Calcutta medical institutions reports 1871-78
Year: 1871
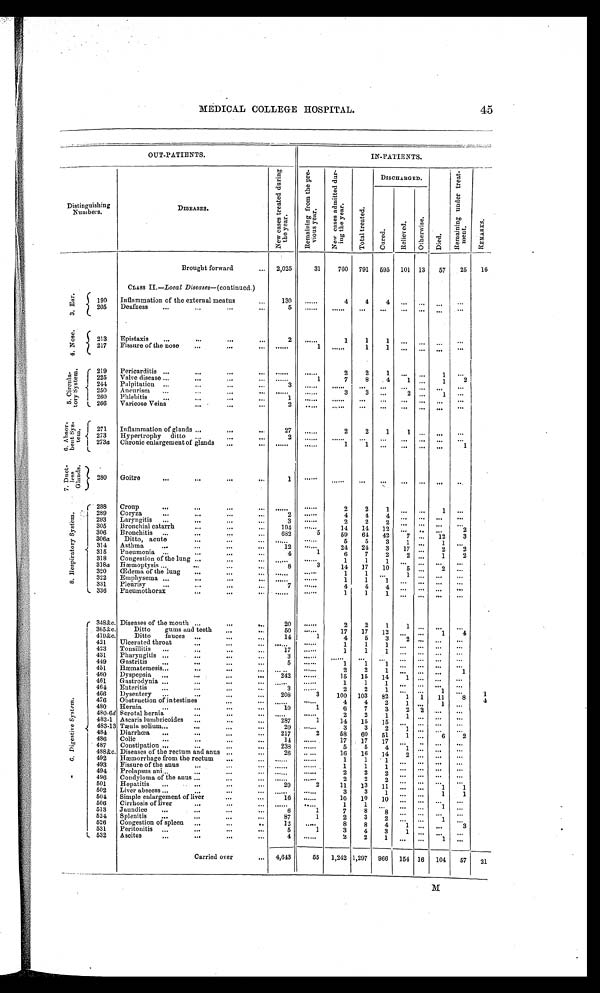
MEDICAL COLLEGE HOSPITAL.
45
OUT-PATIENTS.
IN-PATIENTS.
Distinguishing
Numbers.
DISEASES.
N e w c a s e s t r e a t e d d u r i n g t h e y e a r .
R e m a i n i n g f r o m t h e p r e v i o u s y e a r . N e w c a s e s a d m i t t e d d u r i n g t h e y e a r .
T o t a l t r e a t e d .
DISCHARGED.
Di ed.
R e m a i n i n g u n d e r t r e a t m e n t .
R E M A R K S .
C u r e d .
Re l i e v e d . O t h e r w i s e .
Brought forward
... 2,025
31 760 791 595 101 13 57 25 16
Class II.—Local Diseases—(continued.)
3. Ear. 190 Inflammation of the external meatus
...
130
. . . . . .
4 4 4 ...
. . .
. . .
. . .
205 Deafness ...
... ... ...
5
. . . . . .
. . . . . . ... ... ... ... . . .
. . .
4 . No s e .
213 Epistaxis ...
...
...
...
2
. . . . . .
1 1 1
. . .
. . . . . .
. . .
217 Fissure of the nose . . . . . . . . .
. . . . . .
1
. . . . . . 1 1 ...
. . . . . .
. . .
5 . C i r c u l a t o r y S y s t e m .
219 Pericarditis ... ... ... ...
. . . . . .
. . . . . .
2 2 1
. . . . . .
1
. . .
225 Valve disease ...
...
... ...
. . . . . .
1
7 8 4 1 . . . 1 2
244 Palpitation ...
...
... ...
3
. . . . . .
. . . . . . . . .
. . .
. . .
. . .
. . . . . .
250 Aneurism ...
... ... ...
. . . . . .
. . . . . .
3 3 ...
2 . . . 1
. . .
260 Phlebitis ...
...
. . . . . .
1
. . . . . .
. . . . . .
. . .
. . .
. . . . . .
. . . . . .
266 Varicose Veins
...
...
...
2
. . . . . .
. . . . . .
. . .
. . .
. . . . . . . . .
. . .
6 . A b s o r b e n t S y s t e m .
271 Inflammation of glands ...
...
...
27
. . . . . .
2 2 1 1
. . .
. . .
. . .
273 Hypertrophy ditto ... ... ...
2
. . . . . .
. . . . . . . . .
. . .
. . . . . . ...
. . .
273
a
Chronic enlargement of glands ... ...
. . . . . .
. . . . . .
1 1 . . .
. . . . . . . . .
1
7 . Du e t l e s s Gl a n d s .
280
Goitre ...
... . . .
. . .
1
. . . . . .
. . . . . .
. . .
. . .
. . . . . .
. . .
. . .
8 . R e s p i r a t o r y s y s t e m .
288 Croup
... ... ... ...
. . . . . .
. . . . . .
2 2
1
. . . . . .
1
. . .
289 Coryza
... ... ...
...
2
. . . . . .
4 4 4 . . . . . .
. . . . . .
293 Laryngitis ...
... ... ...
3
. . . . . .
2
2
2 . . . . . . . . .
. . .
305 Bronchial catarrh
...
...
... 194
. . . . . .
14 14 12
. . . . . .
. . . 2
306 Bronchitis ...
... ...
... 682
5
59 64 42
7 . . . 1 2
3
306a Ditto,
acute ...
... ...
. . . . . .
. . . . . .
5 5 3 1 ...
1
. . .
314 Asthma ...
... ... ...
12
. . . . . .
24 24 3 17 . . . 2
2
315 Pneumonia ...
. . . . . . . . .
4
1
6 7 2 2 . . . 1 2
318 Congestion of the lung ... ... ...
. . . . . .
. . . . . .
1 1
1
. . . . . .
. . .
. . .
318a Hæmoptysis . . . . . . . . . . . .
8
3
14
1 7 10 5 . . . 2
. . .
320
Œ d e m a o f t h e l u n g . . . . . . . . .
. . . . . . .
. . . . . .
1 1
. . .
1 . . .
. . . . . .
322 Emphysema ... ... ... ...
. . . . . .
. . . . . .
1 1 1
. . . . . .
. . .
. . .
331
P l e u r i s y . . . . . . . . . . . .
7
. . . . . .
4
4
4 . . . ... ... ...
336 Pneumothorax
... ... ...
.......
. . . . . .
1 1 1 . . . ... ... ...
9 . D i g e s t i v e S y s t e m .
348&c. Diseases of the mouth ...
... ...
20
. . . . . .
2 2
1
1
. . .
. . .
. . .
365&c. Ditto gums and teeth ... ...
50
. . . . . .
17 17 12
. . . . . . 1 4
419&c.
Ditto fauces ... ... ...
14
1
4 5 3 2 . . .
. . .
. . .
421 Ulcerated throat ... ... ...
. . . . . .
. . . . . .
1 1 1
. . . . . . . . .
. . .
423 Tonsillitis ...
...
... ...
17
. . . . . .
1 1 1
. . . . . . . . .
. . .
431 Pharyngitis ...
... ... ...
3
. . . . . .
. . . . . .
. . .
. . .
. . . . . .
. . .
. . .
449 Gastritis ... ...
... ...
5
. . . . . .
1
1 1
. . . . . . . . .
. . .
451 Hæmatemesis ...
...
... ...
. . . . . .
. . . . . .
2 2 1 . . . . . . . . .
1
460 Dyspepsia ... ... ... ...
242
. . . . . .
15 15 14 1 ...
. . .
. . .
461 Gastrodynia ...
...
... ...
. . . . . .
. . . . . .
1 1 1
. . . . . . . . . ...
464 Enteritis ...
...
... ...
3
. . . . . .
2 2
1
. . . . . .
1
. . .
466 Dysentery ...
...
....
...
208
3 100 103 82 1 1 11
8 1
476 Obstruction of intestines
... ...
. . . . . .
. . . . . .
4 4 2 1 . . .
1
. . . 4
480 Hernia
...
...
... ...
10
1
6 7
3 2 2
. . .
. . .
480-6d Scrotal hernia
...
... ...
. . . . . .
. . . . . .
2 2 1
1 . . .
. . .
. . .
483-1 Ascaris lumbricoides ...
... ... 287
1
14 15
1 5 . . . . . .
. . .
. . .
483-13 Tænia solium ... ... ... ...
20
. . . . . .
3 3 2 1
... . . .
. . .
484 Diarrhœa ...
..
.
...
...
217
2
58 60 51 1 ... 6 2
486 Colic
...
...
... ...
14
. . . . . .
17 17 17 . . . . . .
. . . . . .
487 Constipation ...
...
...
... 238
. . . . . . .
5 5 4 1 . . . . . .
. . .
488&.c Diseases of the rectum and anus ... ...
2 6
. . . . . . 16 16 14 2 . . . . . .
. . .
492 Hæmorrhage from the rectum . . . . . .
. . . . . .
. . . . . .
1 1 1
. . . ...
. . .
. . .
493 Fissure of the anus ... ... ...
. . . . . .
. . . . . . 1 1 1
. . . . . .
. . . . . .
494 Prolapsus ani ...
...
... ...
.......
. . . . . .
2 2 2
. . . ...
. . .
. . .
496 Condyloma of the anus . . . . . . . . .
. . . . . .
. . . . . .
2 2 2 ...
. . .
. . . . . .
501 Hepatitis ... ... ... ...
29
2
11 13 11
. . . . . . 1
1
502 Liver abscess ... ...
... ...
. . . . . .
. . . . . .
3 3 1
. . . . . . 1 1
504 Simple enlargement of liver
... ...
16
. . . . . .
10 10 10 . . . . . . . . .
. . .
506 Cirrhosis of liver
... ... ...
. . . . . .
. . . . . .
1 1
. . .
. . . . . .
1
. . .
513 Jaundice ...
... ...
...
6
1
7 8 8
. . . . . .
. . .
. . .
524 Splenitis ...
... ... ...
87
1
2 3 2
. . . ...
1
. . .
526 Congestion of Spleen ... ... ...
12
. . . . . .
8 8 4 1 . . . . . .
3
531 Peritonitis ... ... ... ...
5
1
3 4 3 1 . . .
. . .
. . .
532 Ascites ... ... ...
...
4
. . . . . .
2 2 1
. . . . . . 1 . . .
Carried over
. . . 4,643
55 1,242 1,297 966 154 16 104 57 21
31